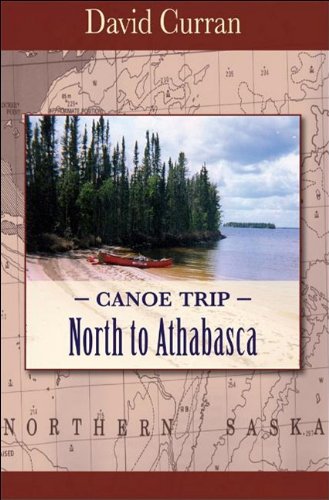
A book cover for Canoe Trip: North to Athabasca; David Curran; Biographies & Memoirs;